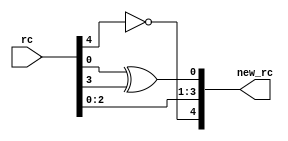
/**
 Implementation by Pedro Maat C. Massolino,
 hereby denoted as "the implementer".

 To the extent possible under law, the implementer has waived all copyright
 and related or neighboring rights to the source code in this file.
 http://creativecommons.org/publicdomain/zero/1.0/
*/
module friet_permutation_rc(rc, new_rc);

input [4:0] rc;
output [4:0] new_rc;

assign new_rc[0] = rc[0] ^ rc[3];
assign new_rc[1] = rc[0];
assign new_rc[2] = rc[1];
assign new_rc[3] = rc[2];
assign new_rc[4] = ~rc[4];

endmodule